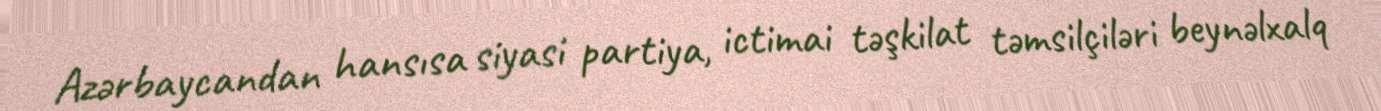
Azərbaycandan hansısa siyasi partiya, ictimai təşkilat təmsilçiləri beynəlxalq